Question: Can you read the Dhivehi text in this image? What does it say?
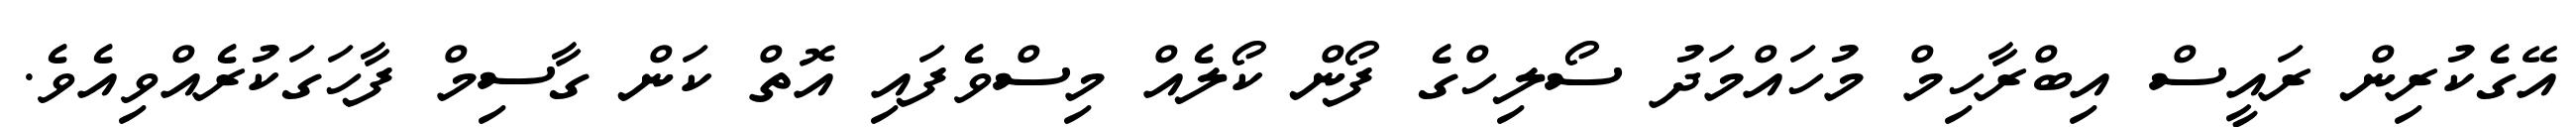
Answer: އޭގެކުރިން ރައީސް އިބްރާހިމް މުހައްމަދު ސޯލިހްގެ ފޯން ކޯލެއް މިސްވެފައި އޮތް ކަން ގާސިމް ފާހަގަކުރެއްވިއެވެ.